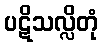
ပဋိသလ္လိတုံ